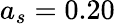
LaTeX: a_{s}=0.20